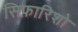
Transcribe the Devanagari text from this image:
सिफ़ारिशो